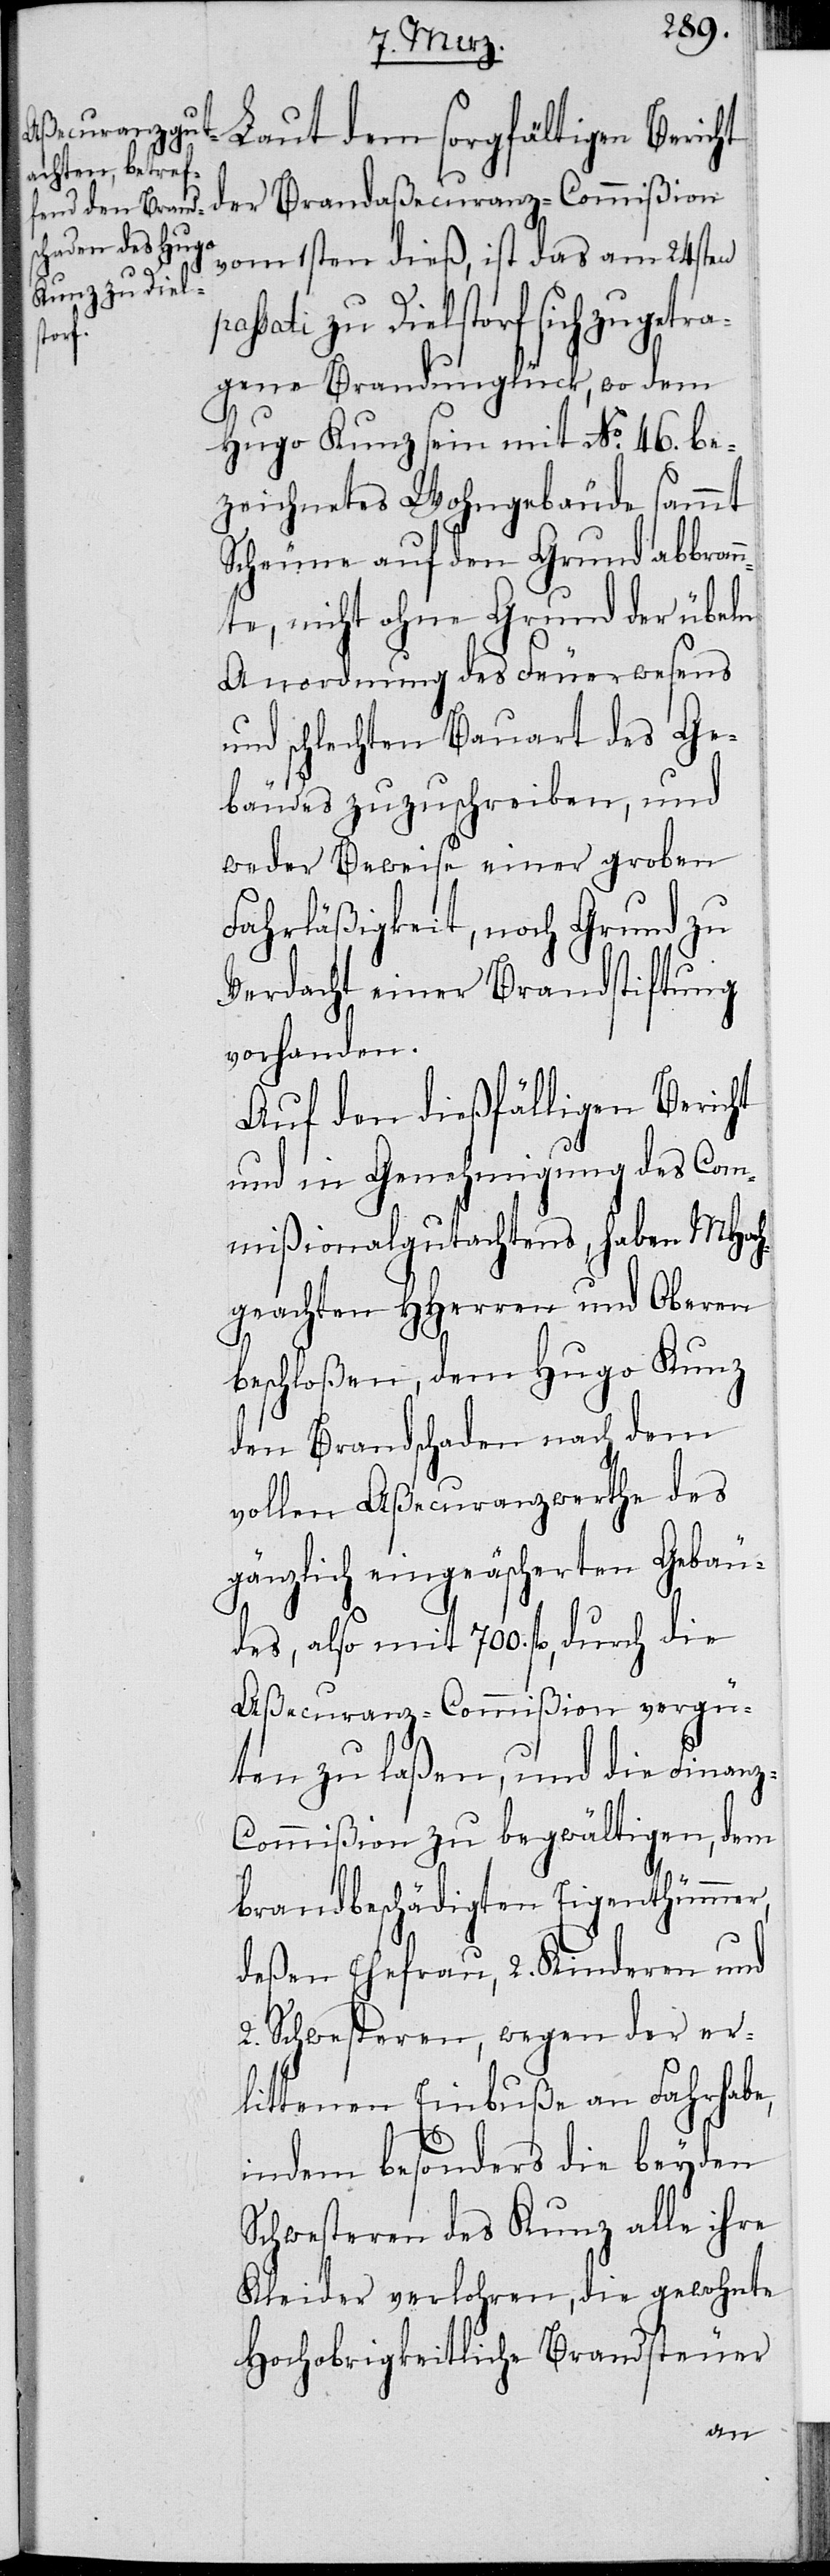
Laut dem sorgfältigen Bericht
om 1sten dieß, ist das am 24 pas¬
sati zu Dielstorf sich zugetr¬
Brand¬
agene Brandunglück, wo dem
Hugo Kunz sein mit No. 46. be¬
zeichnetes Wohngebäude sammt
Scheune auf den Grund abbran¬
nte, nicht ohne Grund der übeln
Anordnung des Feuerwesens
und schlechten Bauart des Ge¬
bäudes zuzuschreiben, und
weder Beweise einer groben
Fahrläßigkeit, noch Grund zu
Verdacht einer Brandstiftung
vorhanden.
Auf den dießfälligen Bericht
und in Genehmigung des Com¬
mißionalgutachtens, haben MHoch¬
geachten HHerren und Oberen
beschloßen, dem Hugo Kunz
den Brandschaden nach dem
vollen Aßecuranzwerthe des
gänzlich eingeäscherten Gebäu¬
des, also mit 700. fl., durch die
Aßecuranz-Commißion vergü¬
ten zu laßen, und die Finan¬
z-Commißion zu begwältigen, dem
brandbeschädigten Eigenthümmer,
deßen Ehefrau, 2. Kinderen und
2. Schwesteren, wegen der er¬
littenen Einbuße an Fahrhabe,
indem besonders die beyden
Schwesteren des Kunz alle ihre
Kleider verlohren, die gewohnte
Hochobrigkeitliche Brandsteuer